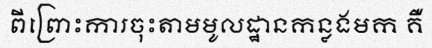
ពីព្រោះការចុះតាមមូលដ្ឋានកន្លងមក គឺ